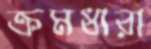
ক্রমধারা